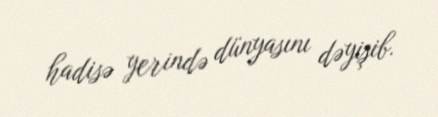
hadisə yerində dünyasını dəyişib.